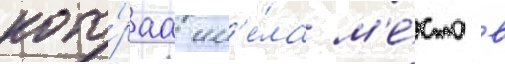
кото́раа им'е́ла м'е́сто в